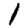
Digit: 1